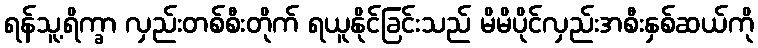
ရန်သူ့ရိက္ခာ လှည်းတစ်စီးတိုက် ရယူနိုင်ခြင်းသည် မိမိပိုင်လှည်းအစီးနှစ်ဆယ်ကို